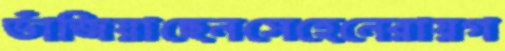
ভাঁজিয়াছেনসেহেনেরায়গ